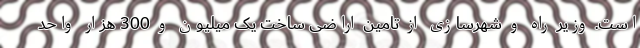
است. وزیر راه و شهرسازی از تامین اراضی ساخت یک میلیون و 300 هزار واحد